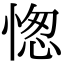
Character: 愡